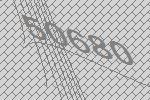
50680